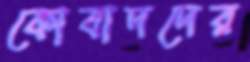
কোবাদদের